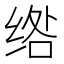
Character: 绺